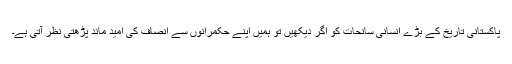
پاکستانی تاریخ کے بڑے انسانی سانحات کو اگر دیکھیں تو ہمیں اپنے حکمرانوں سے انصاف کی امید ماند پڑھتی نظر آتی ہے۔